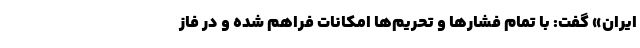
ایران» گفت: با تمام فشارها و تحریم‌ها امکانات فراهم شده و در فاز